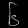
Digit: ၆